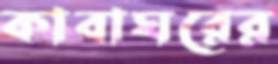
কাবাঘরের